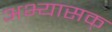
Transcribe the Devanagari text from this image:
अभ्यासक्